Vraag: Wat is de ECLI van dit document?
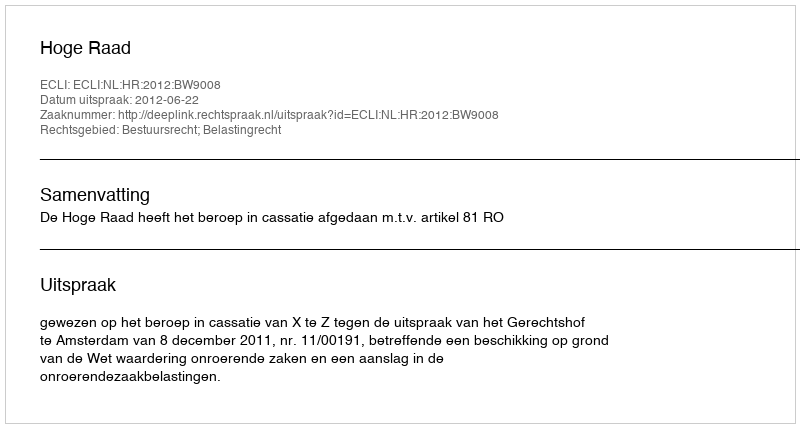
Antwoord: ECLI:NL:HR:2012:BW9008